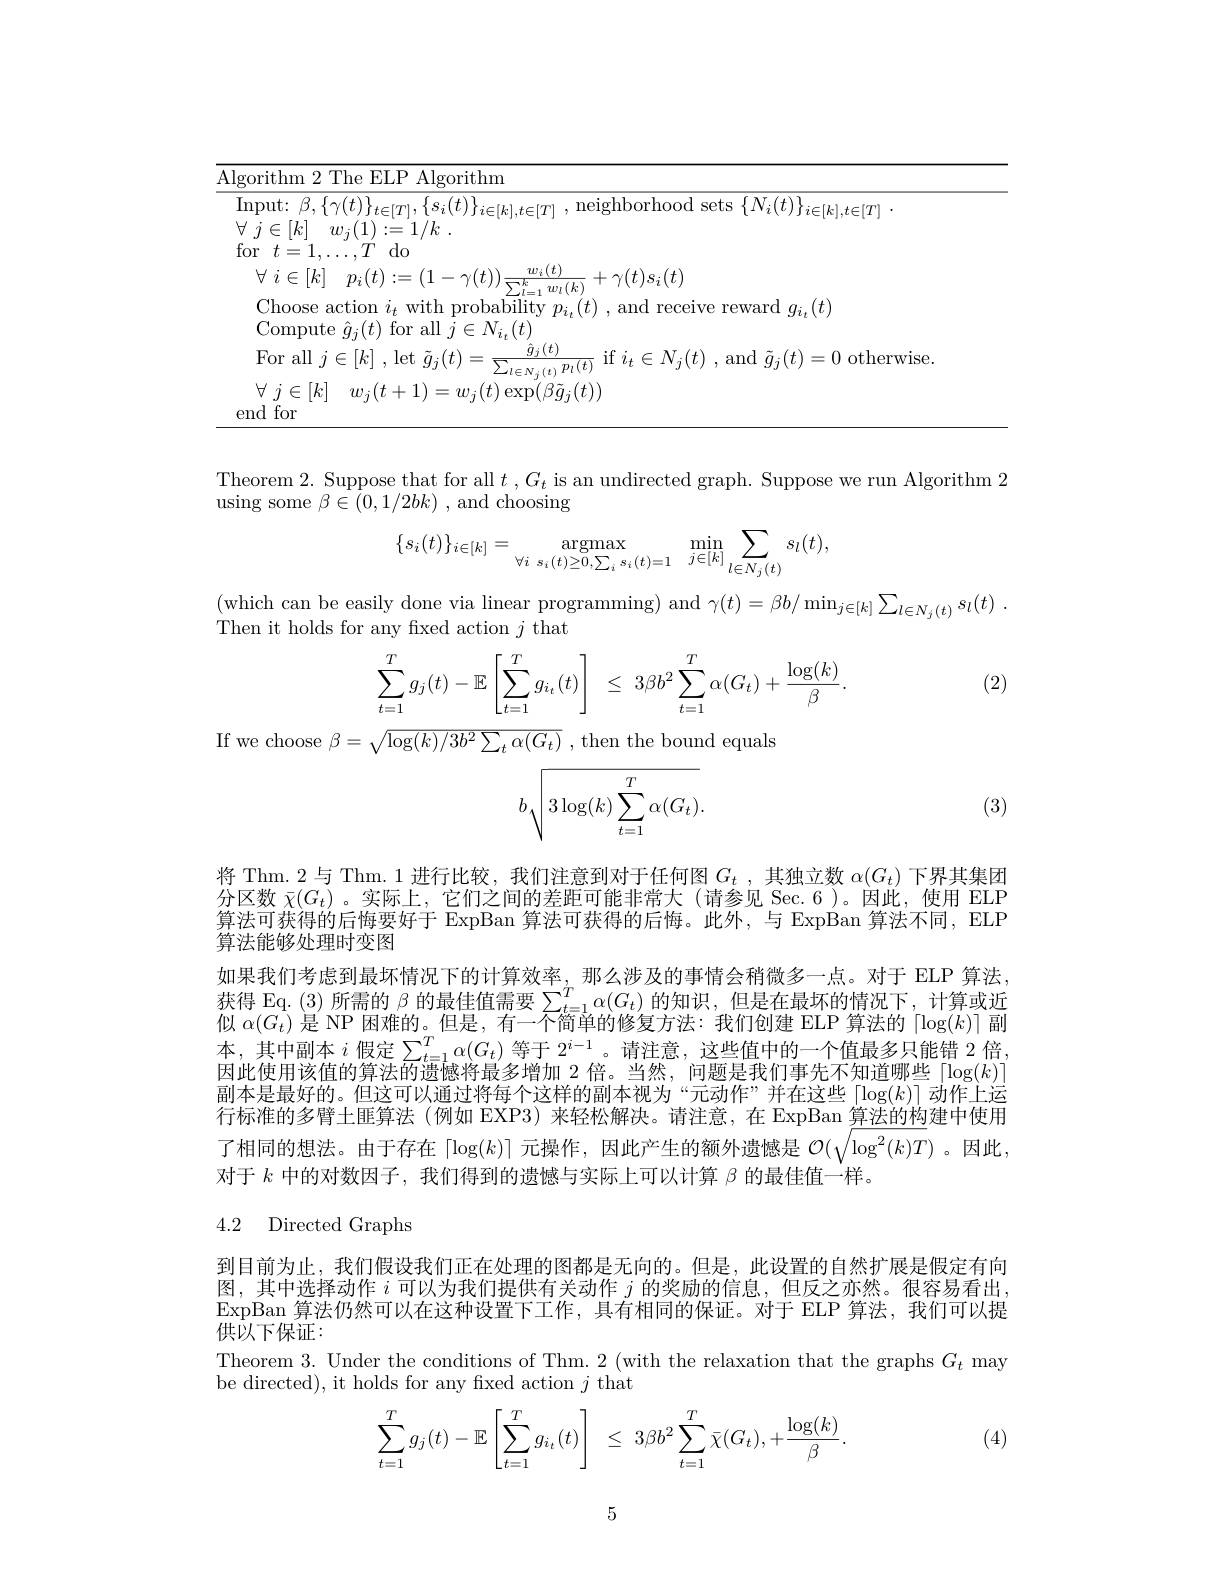
<table>
	<tbody>
		<tr>
			<td>$\overline{\mathrm{Alg}}.$ $-\frac{1}{2}$</td>
			<td>The ELP Algorithm</td>
		</tr>
		<tr>
			<td>Ir $\forall$ $fo$</td>
			<td>$\langle ( t) \} _{t\in [ T] }, \{ s_{i}( t) \} _{i\in [ k] , t\in [ T] }$ ,neighborhood sets$\{ N_{i}( t) \} _{i\in [ k] , t\in [ T] }$ . $v_{j}( 1) : = 1/ k$ . $\ldots , T$ do</td>
		</tr>
		<tr>
			<td> </td>
			<td>ction $i_{t}$ with probability $p_{i_{t}}(t)$ , and receive reward $g_{i_{t}}(t)$ $\therefore(t$, for all $(t_{c}$</td>
		</tr>
		<tr>
			<td> </td>
			<td>$\hat{a}_i(t)$ $k$ $|\rho\dagger$ amo therwise</td>
		</tr>
	</tbody>
</table>

Theorem 2. Suppose that for all $t$ , $G_t$ is an undirected graph. Suppose we run Algorithm 2
using some $\beta\in(0,1/2bk)$ , and choosing
$$\{s_i(t)\}_{i\in[k]}=\operatorname*{argmax}\limits_{\forall i\:s_i(t)\ge0,\sum_is_i(t)=1}\operatorname*{min}\limits_{j\in[k]}\sum\limits_{l\in N_j(t)}s_l(t),$$
$\begin{array}{c}(\text{which can be easily done via linear programming) and }\gamma(t)=\beta b/\min_{j\in[k]}\sum_{l\in N_j(t)}s_l(t)\:.\end{array}$
Then it holds for any fixed action $j$ that

(2)
$$\displaystyle\sum_{t=1}^Tg_j(t)-\mathbb{E}\left[\sum_{t=1}^Tg_{i_t}(t)\right]\:\le\:3\beta b^2\sum_{t=1}^T\alpha(G_t)+\frac{\log(k)}{\beta}.$$
If we choose $\beta=\sqrt\log(k)/3b^{2}\sum_{t}\alpha(G_{t})$ , then the bound equals
$$b\sqrt{3\log(k)\sum_{t=1}^T\alpha(G_t)}.$$
(3)

将 Thm.2 与 Thm.1 进行比较，我们注意到对于任何图$G_t$ ,其独立数$\alpha(G_t)$下界其集团分区数$\bar{\chi}(G_t)$。实际上，它们之间的差距可能非常大(请参见 Sec.6)。因此，使用 ELP 算法可获得的后悔要好于 ExpBan 算法可获得的后悔。此外，与 ExpBan 算法不同，ELP 算法能够处理时变图
如果我们考虑到最坏情况下的计算效率，那么涉及的事情会稍微多一点。对于 ELP 算法获得 Eq. (3)所需的$\beta$的最佳值需要$\sum_t=1^T\alpha(G_t)$的知识，但是在最坏的情况下，计算或近似$\alpha(G_t)$是 NP 困难的。但是，有一个简单的修复方法：我们创建 ELP 算法的$\lceil\log(k)\rceil$副本，其中副本$i$ 假定$\sum_t=1^T\alpha(G_t)$ 等于 $2^i-1$。请注意，这些值中的一个值最多只能错 2倍， 因此使用该伯的算活的溃憾将最多增加 2倍。当然、问题是我们事先不知谓哪些$|\log(k)$ 副本是最好的。但这可以通过将每个这样的副本视为“元动作”并在这些$\lceil\log(k)\rceil$动作上运行标准的多臂土匪算法 (例如 EXP3) 来轻松解决。请注意，在 ExpBan 算法的构建中使用了相同的想法。由于存在「$\log(k)\rceil$元操作，因此产生的额外遗憾是$\mathcal{O}(\sqrt{\log^2(k)T})$ 。因此， 对于$k$中的对数因子，我们得到的遗憾与实际上可以计算$\beta$的最佳值一样。

4.2 Directed Graphs

到目前为止，我们假设我们正在处理的图都是无向的。但是，此设置的自然扩展是假定有向图，其中选择动作$i$可以为我们提供有关动作$j$的奖励的信息，但反之亦然。很容易看出， ExpBan 算法仍然可以在这种设置下工作，具有相同的保证。对于 ELP 算法，我们可以提供以下保证：
Theorem 3. Under the conditions of Thm. 2 (with the relaxation that the graphs $G_t$ may
be directed), it holds for any fxed action $j$ that
$$\sum_{t=1}^Tg_j(t)-\mathbb{E}\left[\sum_{t=1}^Tg_{i_t}(t)\right]\:\leq\:3\beta b^2\sum_{t=1}^T\bar{\chi}(G_t),+\frac{\log(k)}{\beta}.$$
(4)

5